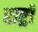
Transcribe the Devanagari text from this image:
राष्ट्रॉ